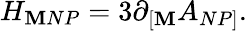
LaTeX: {H_{\mathbf{M}NP}=3\partial_{\lbrack\mathbf{M}}A_{NP\rbrack}.}